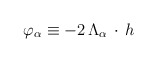
\begin{align*}\varphi_\alpha \equiv -2 \, \Lambda_\alpha \, \cdot \, h\end{align*}